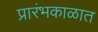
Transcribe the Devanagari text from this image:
प्रारंभकाळात